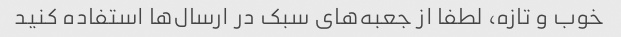
خوب و تازه، لطفا از جعبه‌های سبک در ارسال‌ها استفاده کنید